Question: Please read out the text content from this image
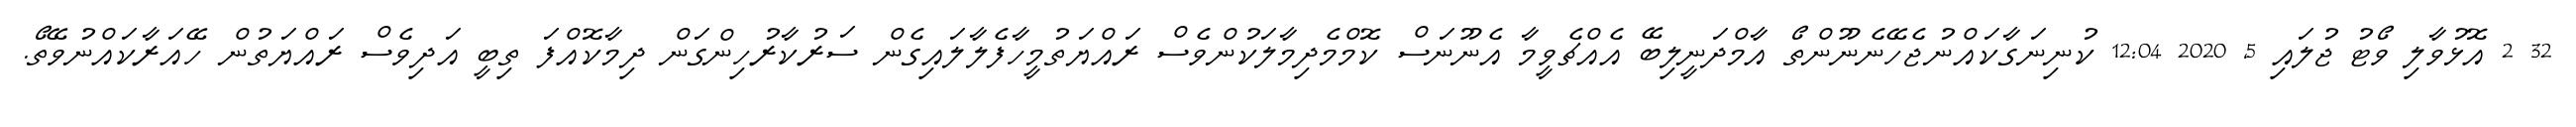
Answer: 32 2 އޮޅުވާލި ވޯޓު ޖުލައި 5, 2020 12:04 ކުނިނަގާކައްނުޖެހޭނެނޫންތޯ އާމްދަނީލިބޭ އެއްޗެވީމާ އެނޫނަސް ކޮމްމެދިމާލަކުންވެސް ރައްޔަތުމީހާފެލާލައިގެން ސަރުކާރުހިންގަން ދިމާކޮއްފަ ތިބީ އަދިވެސް ރައްޔަތުން ހޭއަރާކައްނުވޭތޯ.